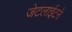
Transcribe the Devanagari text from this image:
जेटलाईटने